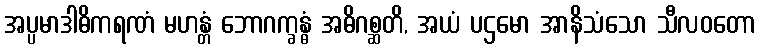
အပ္ပမာဒါဓိကရဏံ မဟန္တံ ဘောဂက္ခန္ဓံ အဓိဂစ္ဆတိ, အယံ ပဌမော အာနိသံသော သီလဝတော